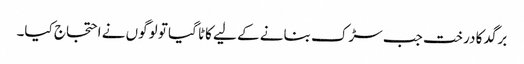
برگد کا درخت جب سڑک بنانے کے لیے کاٹا گیا تو لوگوں نے احتجاج کیا۔